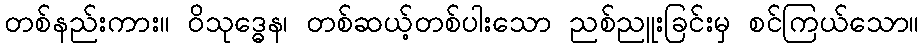
တစ်နည်းကား။ ဝိသုဒ္ဓေန၊ တစ်ဆယ့်တစ်ပါးသော ညစ်ညူးခြင်းမှ စင်ကြယ်သော။